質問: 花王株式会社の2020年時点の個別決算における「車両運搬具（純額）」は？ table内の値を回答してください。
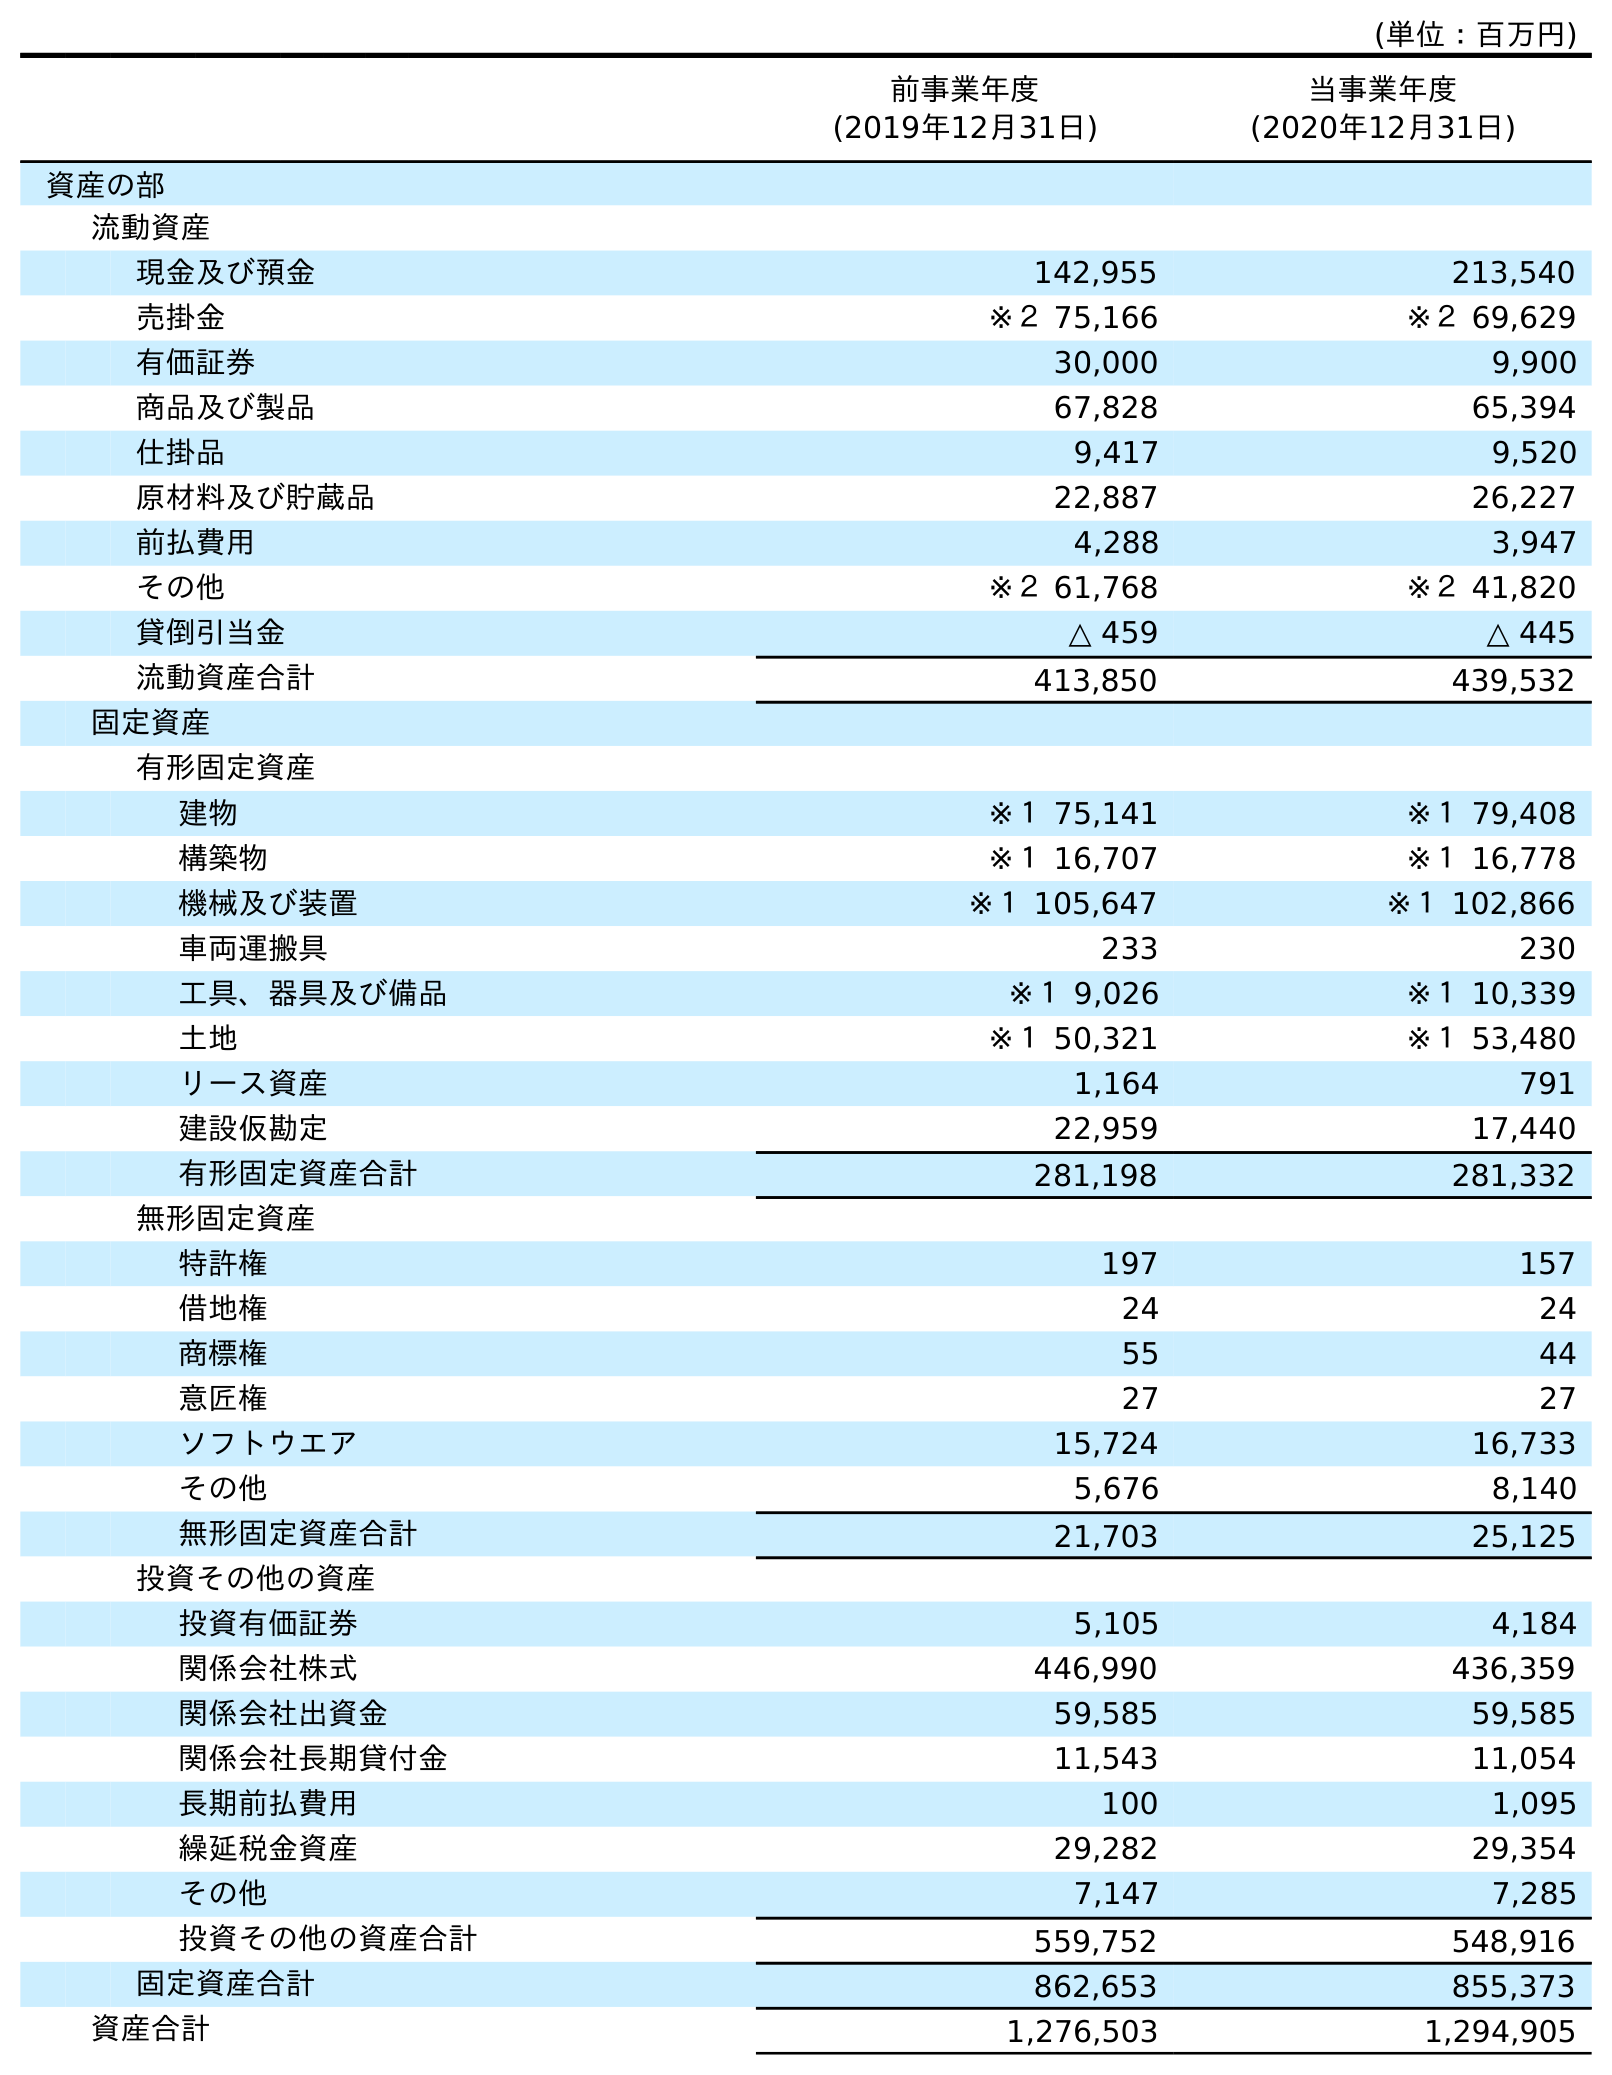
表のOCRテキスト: (単位：百万円) 前事業年度 (2019年12月31日) 当事業年度 (2020年12月31日) 資産の部 流動資産 現金及び預金 142,955 213,540 売掛金 ※２ 75,166 ※２ 69,629 有価証券 30,000 9,900 商品及び製品 67,828 65,394 仕掛品 9,417 9,520 原材料及び貯蔵品 22,887 26,227 前払費用 4,288 3,947 その他 ※２ 61,768 ※２ 41,820 貸倒引当金 △ 459 △ 445 流動資産合計 413,850 439,532 固定資産 有形固定資産 建物 ※１ 75,141 ※１ 79,408 構築物 ※１ 16,707 ※１ 16,778 機械及び装置 ※１ 105,647 ※１ 102,866 車両運搬具 233 230 工具、器具及び備品 ※１ 9,026 ※１ 10,339 土地 ※１ 50,321 ※１ 53,480 リース資産 1,164 791 建設仮勘定 22,959 17,440 有形固定資産合計 281,198 281,332 無形固定資産 特許権 197 157 借地権 24 24 商標権 55 44 意匠権 27 27 ソフトウエア 15,724 16,733 その他 5,676 8,140 無形固定資産合計 21,703 25,125 投資その他の資産 投資有価証券 5,105 4,184 関係会社株式 446,990 436,359 関係会社出資金 59,585 59,585 関係会社長期貸付金 11,543 11,054 長期前払費用 100 1,095 繰延税金資産 29,282 29,354 その他 7,147 7,285 投資その他の資産合計 559,752 548,916 固定資産合計 862,653 855,373 資産合計 1,276,503 1,294,905
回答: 230